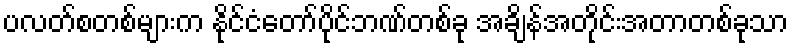
ပလတ်စတစ်များက နိုင်ငံတော်ပိုင်ဘဏ်တစ်ခု အချိန်အတိုင်းအတာတစ်ခုသာ